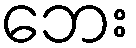
ဘေး